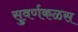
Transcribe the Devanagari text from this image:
सुवर्णकळस